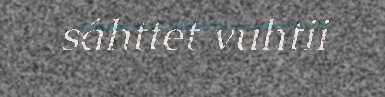
sáhttet vuhtii